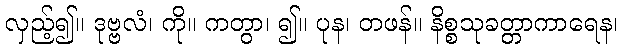
လှည့်၍။ ဒုဗ္ဗလံ၊ ကို။ ကတွာ၊ ၍။ ပုန၊ တဖန်။ နိစ္စသုခတ္တာကာရေန၊